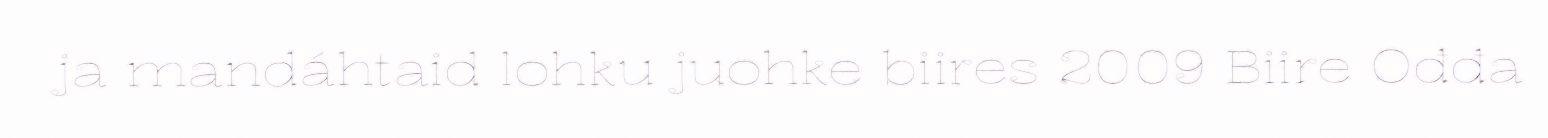
ja mandáhtaid lohku juohke biires 2009 Biire Ođđa